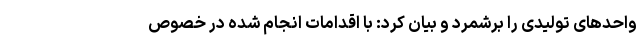
واحدهای تولیدی را برشمرد و بیان کرد: با اقدامات انجام شده در خصوص